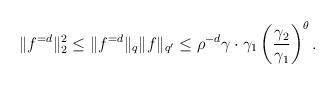
LaTeX: \begin{align*} \|f^{= d}\|_2^2 \leq \|f^{= d}\|_{q}\|f\|_{q'} \leq \rho^{-d}\gamma \cdot \gamma_1 \left(\frac{\gamma_2}{\gamma_1}\right)^\theta. \end{align*}